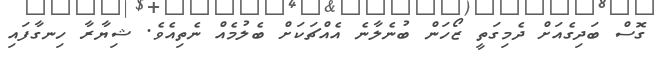
ގޮސް ބަދިގެއަށް ދެމިގަތީ ޒޯހަން ބުނެލާނެ އެއްޗަކަށް ބެލުމެއް ނެތިއެވެ. ޝިޔާރާ ހިނގާފައި